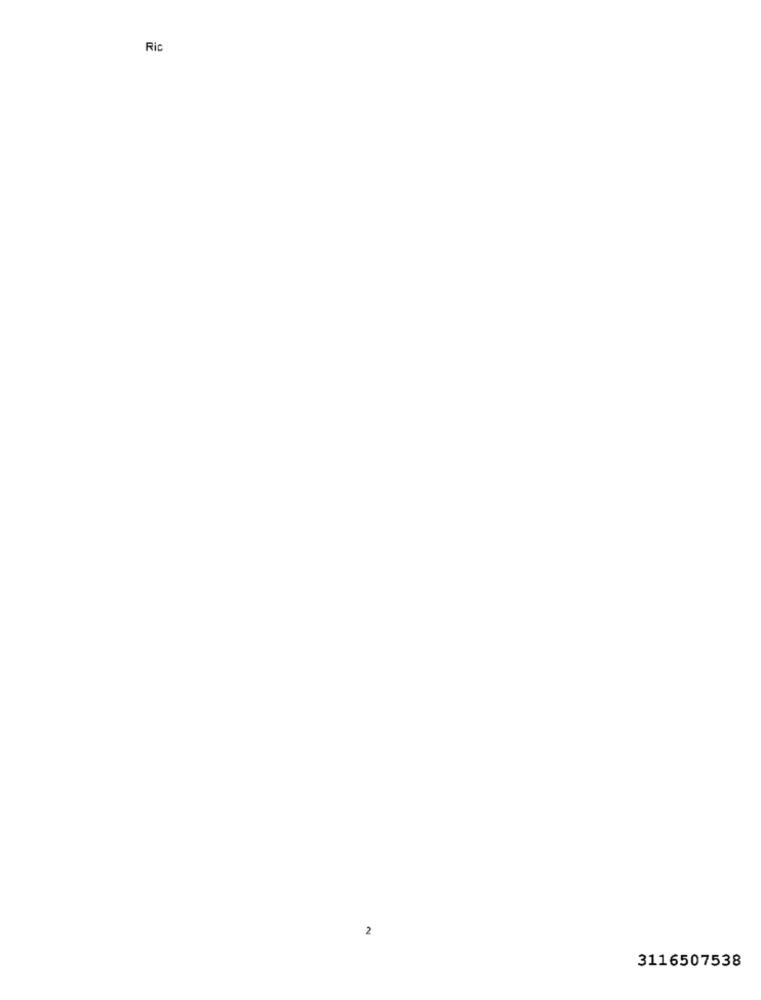
Ric
2
3116507538